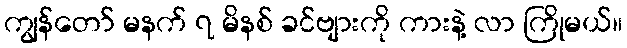
ကျွန်တော် မနက် ၇ မိနစ် ခင်ဗျားကို ကားနဲ့ လာ ကြိုမယ်။